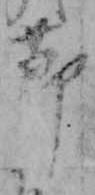
節